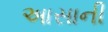
આસાની